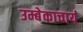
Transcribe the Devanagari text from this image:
उम्बेकाचार्य